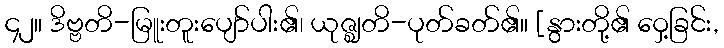
၄၂။ ဒိဗ္ဗတိ-မြူးတူးပျော်ပါး၏၊ ယုဇ္ဈတိ-ပုတ်ခတ်၏။ [နွားတို့၏ ဝှေ့ခြင်း,